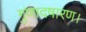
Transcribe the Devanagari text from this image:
गुणादषारण।